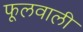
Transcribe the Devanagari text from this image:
फूलवाली